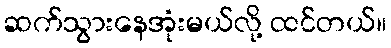
ဆက်သွားနေအုံးမယ်လို့ ထင်တယ်။